Lunatic asylums in Bengal annual reports 1912-1924 - 1912-1924
Year: 1912
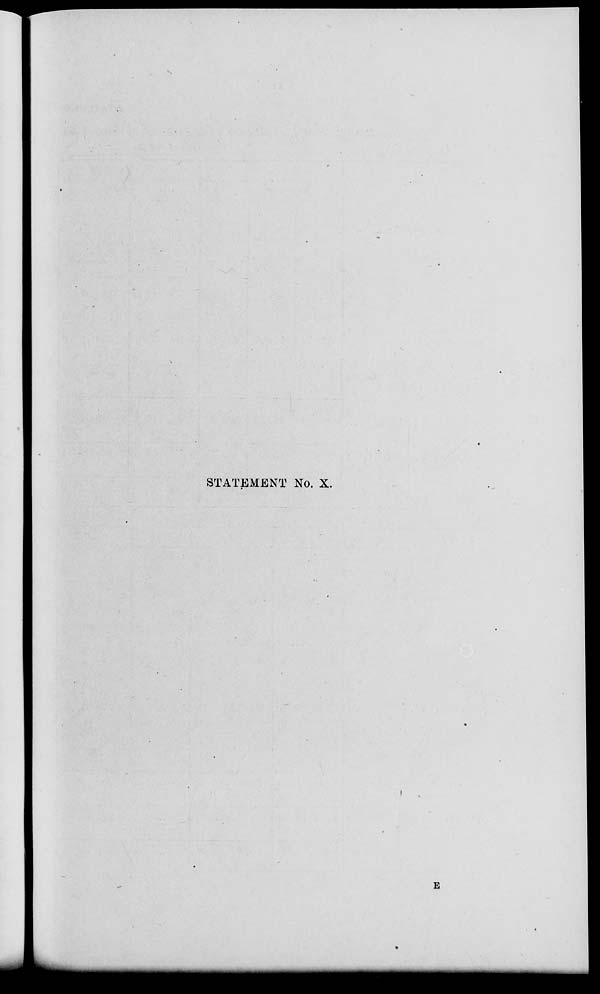
STATEMENT No. X.
E